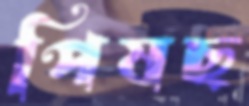
পিষছ